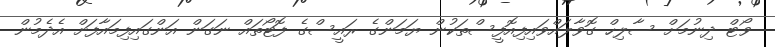
ވޯޓް ދިނުމަށް ސާލިހް ގޮވާލައްވައިފިއޮފީސްތަކުން ޔަމަންގެ ރައީސްގެ ފޮޓޯތައް ނަގަން އަންގައިފިމައާފަށް އެދެމުން